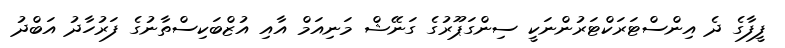
ފީފާގެ ދެ އިންސްޓަރަކްޓަރުންނަކީ ސިންގަޕޫރުގެ ގަނޭޝް މަނިއަމް އާއި އުޒްބަކިސްތާނުގެ ފަރުހާދު އަބްދު